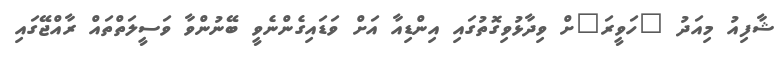
ޝާފިއު މިއަދު "ހަވީރަ"ށް ވިދާޅުވިގޮތުގައި އިންޑިއާ އަށް ވަޑައިގެންނެވީ ބޭނުންވާ ވަސީލަތްތައް ރާއްޖޭގައި